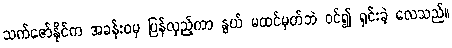
သက်ဇော်နိုင်က အခန်းဝမှ ပြန်လှည့်ကာ နွယ် မထင်မှတ်ဘဲ ဝင်၍ ရှင်းခဲ့ လေသည်။